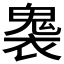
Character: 𮫟